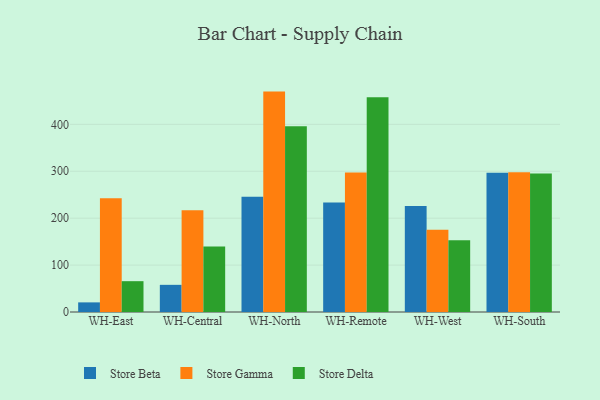
{"axis": {"x": "Warehouse", "y": "Bounce Rate (%)"}, "legend": ["Store Beta", "Store Delta", "Store Gamma"], "data": [{"x": "WH-East", "y": 20.5, "type": "Store Beta"}, {"x": "WH-East", "y": 242.3, "type": "Store Gamma"}, {"x": "WH-East", "y": 65.7, "type": "Store Delta"}, {"x": "WH-Central", "y": 57.9, "type": "Store Beta"}, {"x": "WH-Central", "y": 216.8, "type": "Store Gamma"}, {"x": "WH-Central", "y": 139.4, "type": "Store Delta"}, {"x": "WH-North", "y": 245.4, "type": "Store Beta"}, {"x": "WH-North", "y": 469.8, "type": "Store Gamma"}, {"x": "WH-North", "y": 395.7, "type": "Store Delta"}, {"x": "WH-Remote", "y": 233.2, "type": "Store Beta"}, {"x": "WH-Remote", "y": 297.3, "type": "Store Gamma"}, {"x": "WH-Remote", "y": 457.6, "type": "Store Delta"}, {"x": "WH-West", "y": 225.7, "type": "Store Beta"}, {"x": "WH-West", "y": 175.3, "type": "Store Gamma"}, {"x": "WH-West", "y": 153.0, "type": "Store Delta"}, {"x": "WH-South", "y": 296.8, "type": "Store Beta"}, {"x": "WH-South", "y": 298.0, "type": "Store Gamma"}, {"x": "WH-South", "y": 295.1, "type": "Store Delta"}]}